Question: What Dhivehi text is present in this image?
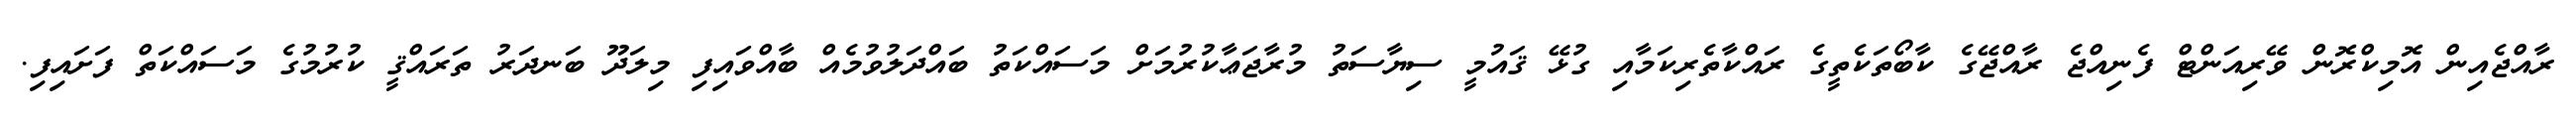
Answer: ރާއްޖެއިން އޮމިކްރޮން ވޭރިއަންޓް ފެނިއްޖެ ރާއްޖޭގެ ކާބޯތަކެތީގެ ރައްކާތެރިކަމާއި ގުޅޭ ޤައުމީ ސިޔާސަތު މުރާޖަޢާކުރުމަށް މަސައްކަތު ބައްދަލުވުމެއް ބާއްވައިފި މިލަދޫ ބަނދަރު ތަރައްޤީ ކުރުމުގެ މަސައްކަތް ފަށައިފި.